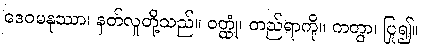
ဒေဝမနုဿာ၊ နတ်လူတို့သည်။ ဝတ္ထုံ၊ တည်ရာကို။ ကတွာ၊ ပြု၍။